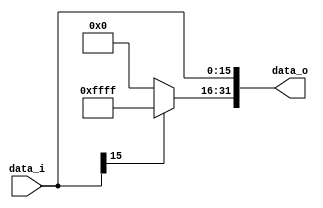
// 109550087
module Sign_Extend(
    data_i,
    data_o
    );
               
//I/O ports
input   [16-1:0] data_i;
output  [32-1:0] data_o;

//Internal Signals
reg     [32-1:0] data_o;
reg     [32-1:0] sign;

//Sign extended
always @(*) begin
    data_o[15:0] <= data_i;
    sign <= (data_i[15] == 1'b0)? 16'b0000000000000000:16'b1111111111111111;
    data_o[31:16] = sign;
end
          
endmodule